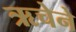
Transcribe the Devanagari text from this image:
ऋचेने